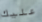
عليك